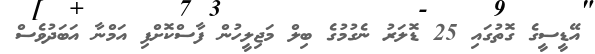
އޭޑީސީގެ ގޮތުގައި 25 ޑޮލަރު ނެގުމުގެ ބިލް މަޖިލީހުން ފާސްކޮށްފި އަމްނާ އަބަދުވެސް